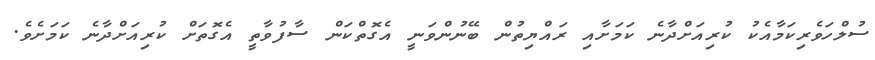
ސުލްހަވެރިކަމާއެކު ކުރިއަށްދާނެ ކަމަށާއި ރައްޔިތުން ބޭނުންވަނީ އެގޮތްކަން ސާފުވާތީ އެގޮތަށް ކުރިއަށްދާނެ ކަމަށެވެ.